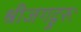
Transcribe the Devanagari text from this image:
श्रीजगद्गुरुः